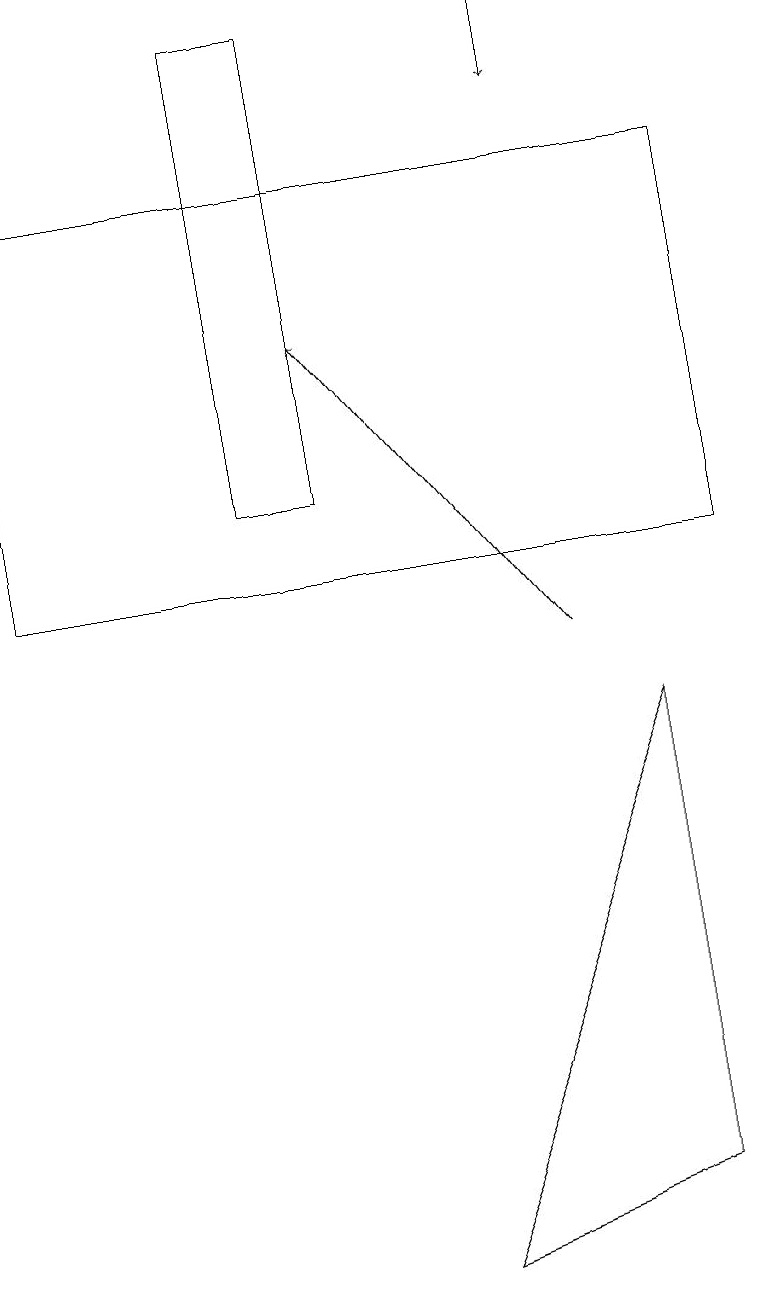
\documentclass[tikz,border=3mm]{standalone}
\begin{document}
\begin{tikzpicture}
\draw[->] (7,18) -- (7,17);
\draw (0,12) rectangle (0,15);
\draw (8,9) -- (5,2) -- (8,3) -- cycle;
\draw[->] (7,10) -- (4,14);
\draw (3,12) rectangle (4,18);
\draw (9,16) rectangle (0,11);
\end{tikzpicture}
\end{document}